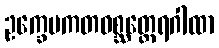
ဥက္ခေပကတဝစ္ဆတ္ထေရဂါထာ